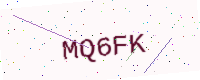
Text: MQ6FK